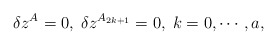
\begin{align*}\delta z^{A}=0,\;\delta z^{A_{2k+1}}=0,\;k=0,\cdots ,a, \end{align*}